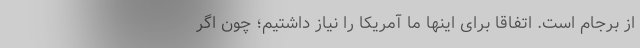
از برجام است. اتفاقا برای اینها ما آمریکا را نیاز داشتیم؛ چون اگر